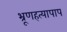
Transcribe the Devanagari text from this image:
भ्रूणहत्यापाप